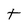
Character: t